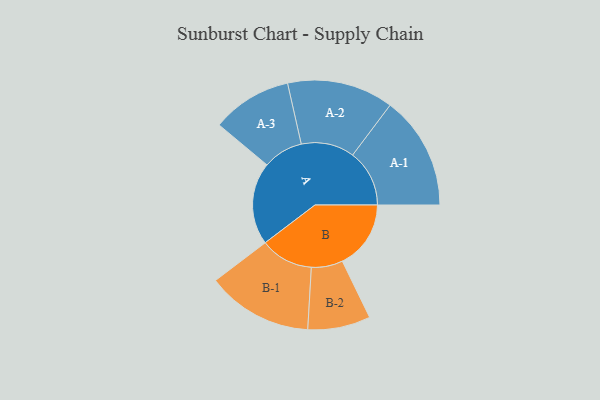
{"axis": {"x": "Segment", "y": "Value"}, "legend": ["", "A", "B"], "data": [{"x": "A", "y": 434, "type": ""}, {"x": "B", "y": 361, "type": ""}, {"x": "A-1", "y": 299, "type": "A"}, {"x": "A-2", "y": 280, "type": "A"}, {"x": "A-3", "y": 211, "type": "A"}, {"x": "B-1", "y": 279, "type": "B"}, {"x": "B-2", "y": 165, "type": "B"}]}